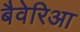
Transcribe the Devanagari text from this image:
बैवेरिआ